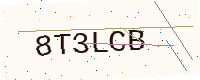
Text: 8T3LCB